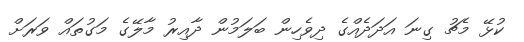
ކުޅޭ މެޗު ގިނަ އަދަދެއްގެ ދިވެހިން ބަލަމުން ދާއިރު މާލޭގެ މަގުތައް ވަރަށް